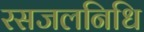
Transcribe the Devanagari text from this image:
रसजलनिधि